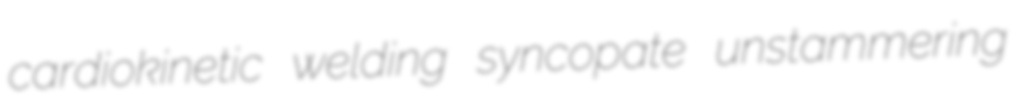
cardiokinetic welding syncopate unstammering